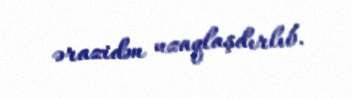
ərazidən uzaqlaşdırlıb.